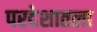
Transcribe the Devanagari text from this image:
परदेशातला